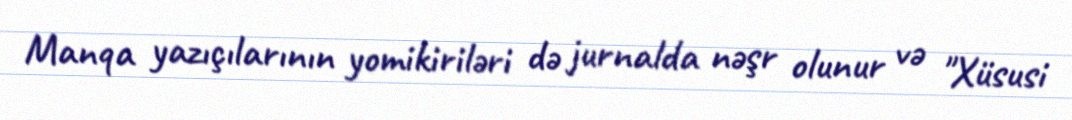
Manqa yazıçılarının yomikiriləri də jurnalda nəşr olunur və "Xüsusi